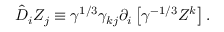
\hat { D } _ { i } Z _ { j } \equiv \gamma ^ { 1 / 3 } \gamma _ { k j } \partial _ { i } \left[ \gamma ^ { - 1 / 3 } Z ^ { k } \right] .